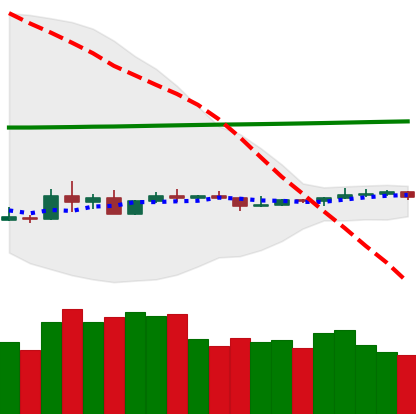
Ticker: ETC-USD
Chart end date: 2020-04-05
Forward return: 4.049%
Label: up_3_5